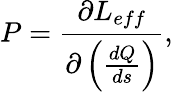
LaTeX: P=\frac{\partial L_{eff}}{\partial\left(\frac{dQ}{ds}\right)},